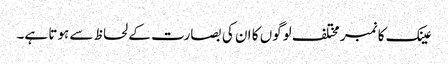
عینک کا نمبر مختلف لوگوں کا ان کی بصارت کے لحاظ سے ہوتا ہے۔